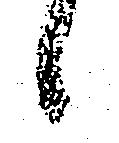
候